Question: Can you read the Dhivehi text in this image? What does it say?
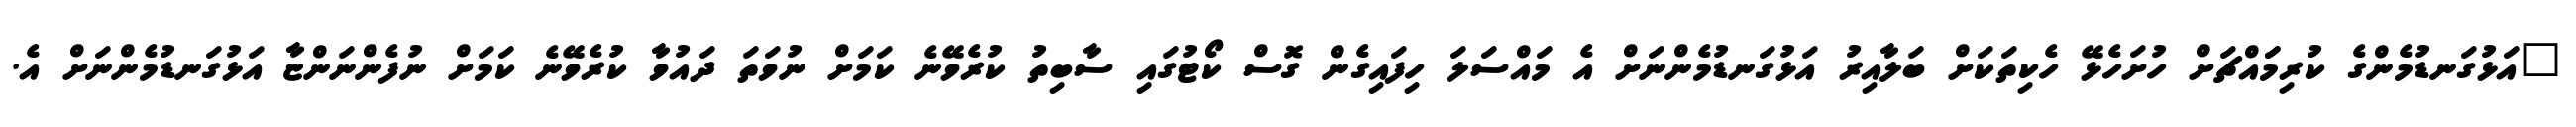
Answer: "އަޅުގަނޑުމެންގެ ކުރިމަައްޗަށް ހުށަހެޅޭ ހެކިތަކަށް ބަލާއިރު އަޅުގަނޑުމެންނަށް އެ މައްސަލަ ހިފައިގެން ގޮސް ކޯޓުގައި ސާބިތު ކުރެވޭނެ ކަމަށް ނުވަތަ ދައުވާ ކުރެވޭނެ ކަމަށް ނުފެންނަންޏާ އަޅުގަނޑުމެންނަށް އެ.